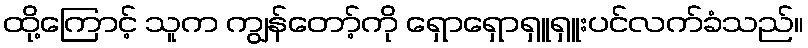
ထို့ကြောင့် သူက ကျွန်တော့်ကို ရှောရှောရှူရှူးပင်လက်ခံသည်။